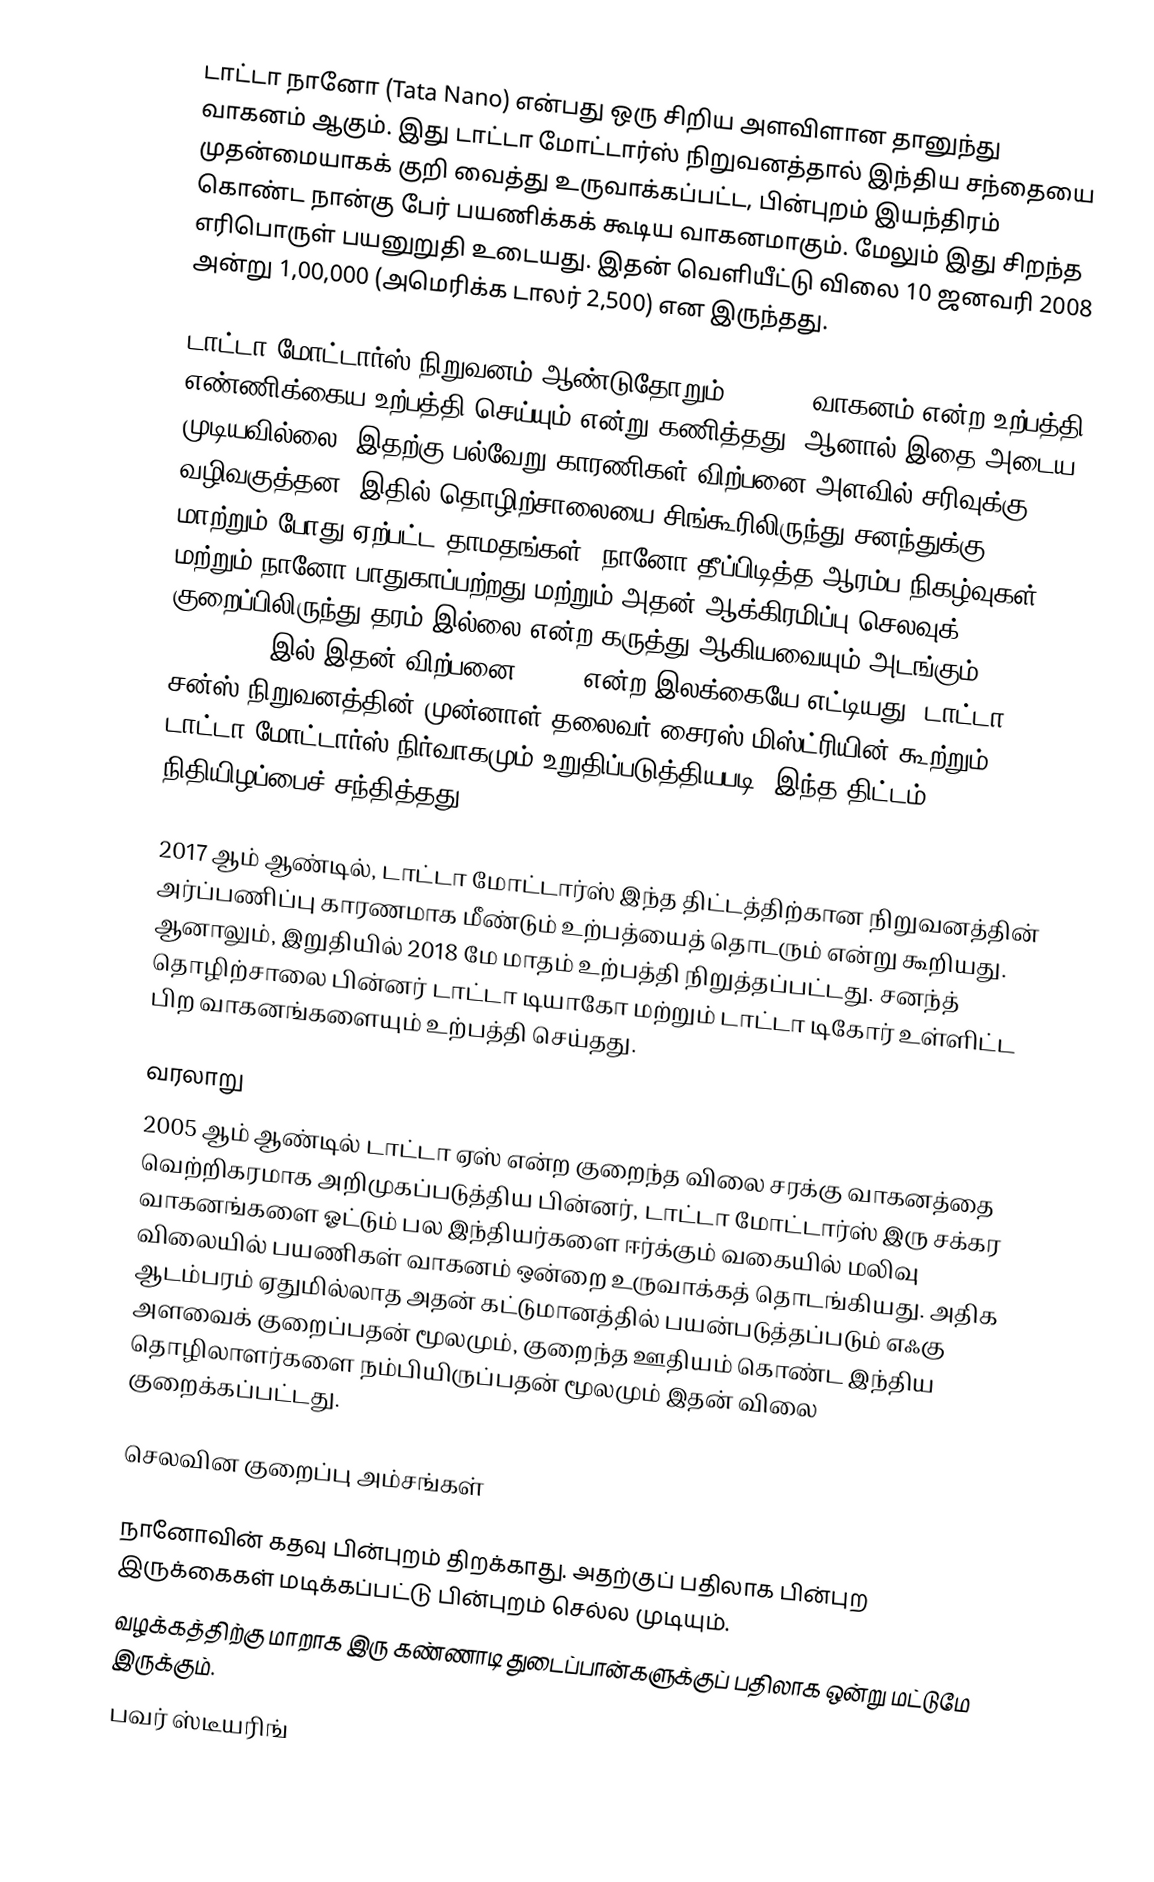
டாட்டா நானோ (Tata Nano) என்பது ஒரு சிறிய அளவிளான தானுந்து வாகனம் ஆகும். இது டாட்டா மோட்டார்ஸ் நிறுவனத்தால் இந்திய சந்தையை முதன்மையாகக் குறி வைத்து உருவாக்கப்பட்ட, பின்புறம் இயந்திரம் கொண்ட நான்கு பேர் பயணிக்கக் கூடிய வாகனமாகும். மேலும் இது சிறந்த எரிபொருள் பயனுறுதி உடையது. இதன் வெளியீட்டு விலை 10 ஜனவரி 2008 அன்று  1,00,000 (அமெரிக்க டாலர் 2,500) என இருந்தது.

டாட்டா மோட்டார்ஸ் நிறுவனம் ஆண்டுதோறும் 250,000 வாகனம் என்ற உற்பத்தி எண்ணிக்கைய உற்பத்தி செய்யும் என்று கணித்தது. ஆனால் இதை அடைய முடியவில்லை. இதற்கு பல்வேறு காரணிகள் விற்பனை அளவில் சரிவுக்கு வழிவகுத்தன. இதில் தொழிற்சாலையை சிங்கூரிலிருந்து சனந்துக்கு மாற்றும் போது ஏற்பட்ட தாமதங்கள், நானோ தீப்பிடித்த ஆரம்ப நிகழ்வுகள் மற்றும் நானோ பாதுகாப்பற்றது மற்றும் அதன் ஆக்கிரமிப்பு செலவுக் குறைப்பிலிருந்து தரம் இல்லை என்ற கருத்து ஆகியவையும் அடங்கும். 2016-2017 இல் இதன் விற்பனை 7,591 என்ற இலக்கையே எட்டியது. டாட்டா சன்ஸ் நிறுவனத்தின் முன்னாள் தலைவர் சைரஸ் மிஸ்ட்ரியின் கூற்றும் 2017 டாட்டா மோட்டார்ஸ் நிர்வாகமும் உறுதிப்படுத்தியபடி, இந்த திட்டம் நிதியிழப்பைச் சந்தித்தது.

2017 ஆம் ஆண்டில், டாட்டா மோட்டார்ஸ் இந்த திட்டத்திற்கான நிறுவனத்தின் அர்ப்பணிப்பு காரணமாக மீண்டும் உற்பத்யைத் தொடரும் என்று கூறியது. ஆனாலும், இறுதியில் 2018 மே மாதம் உற்பத்தி நிறுத்தப்பட்டது. சனந்த் தொழிற்சாலை பின்னர் டாட்டா டியாகோ மற்றும் டாட்டா டிகோர் உள்ளிட்ட பிற வாகனங்களையும் உற்பத்தி செய்தது.

வரலாறு
2005 ஆம் ஆண்டில் டாட்டா ஏஸ் என்ற குறைந்த விலை சரக்கு வாகனத்தை வெற்றிகரமாக அறிமுகப்படுத்திய பின்னர், டாட்டா மோட்டார்ஸ் இரு சக்கர வாகனங்களை ஓட்டும் பல இந்தியர்களை ஈர்க்கும் வகையில் மலிவு விலையில் பயணிகள் வாகனம் ஒன்றை உருவாக்கத் தொடங்கியது. அதிக ஆடம்பரம் ஏதுமில்லாத அதன் கட்டுமானத்தில் பயன்படுத்தப்படும் எஃகு அளவைக் குறைப்பதன் மூலமும், குறைந்த ஊதியம் கொண்ட இந்திய தொழிலாளர்களை நம்பியிருப்பதன் மூலமும் இதன் விலை குறைக்கப்பட்டது.

செலவின குறைப்பு அம்சங்கள்

 நானோவின் கதவு பின்புறம் திறக்காது. அதற்குப் பதிலாக பின்புற இருக்கைகள் மடிக்கப்பட்டு பின்புறம் செல்ல முடியும்.
 வழக்கத்திற்கு மாறாக இரு கண்ணாடி துடைப்பான்களுக்குப் பதிலாக ஒன்று மட்டுமே இருக்கும்.
 பவர் ஸ்டீயரிங்